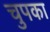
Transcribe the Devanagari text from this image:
चुपका